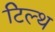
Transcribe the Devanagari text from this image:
टिल्थ